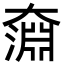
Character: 奫